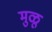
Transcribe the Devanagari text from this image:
मुळू